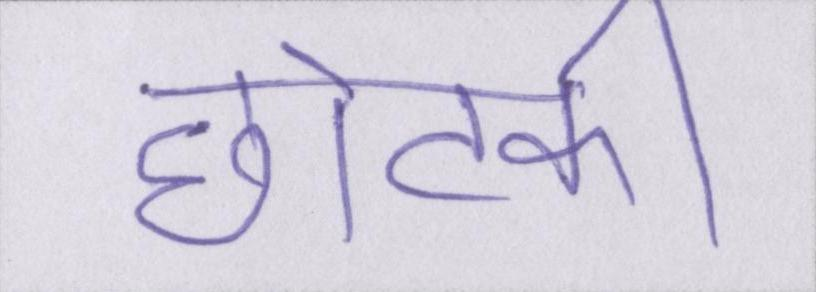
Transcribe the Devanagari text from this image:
छोटकी